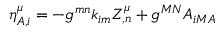
\eta _ { A , i } ^ { \mu } = - { g } ^ { m n } { k } _ { i m } { \cal Z } _ { , n } ^ { \mu } + g ^ { M N } { A } _ { i M A }